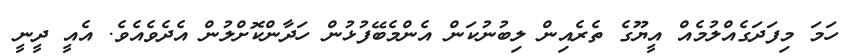
ހަމަ މިފަދަގެއްލުމެއް އީޔޫގެ ތެރެއިން ލިބުނުކަން އެންމެބޭފުޅުން ހަދާންކޮށްލުން އެދެވެއެވެ. އެއީ ދީނީ